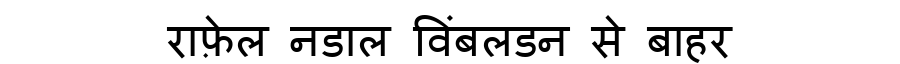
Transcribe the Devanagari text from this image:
राफ़ेल नडाल विंबलडन से बाहर